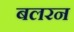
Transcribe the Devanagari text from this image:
बलरन